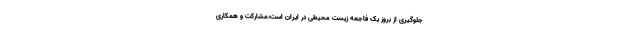
جلوگیری از بروز یک فاجعه زیست محیطی در ایران است،مشارکت و همکاری